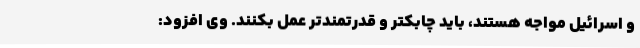
و اسرائیل مواجه هستند، باید چابکتر و قدرتمندتر عمل بکنند. وی افزود: